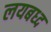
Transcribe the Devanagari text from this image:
लयबध्द